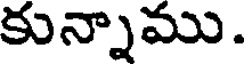
కున్నాము.